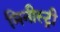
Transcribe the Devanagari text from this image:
मिनीस्‍ट्री